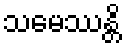
သမေဿန္တိ